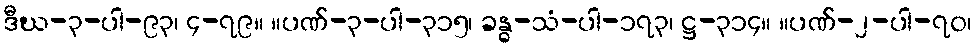
ဒီဃ-၃-ပါ-၉၃၊ ၄-၇၉။ ။ပဏ်-၃-ပါ-၃၁၅၊ ခန္ဓ-သံ-ပါ-၁၇၃၊ ဋ္ဌ-၃၁၄။ ။ပဏ်-၂-ပါ-၇၀၊